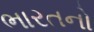
ભારતનો